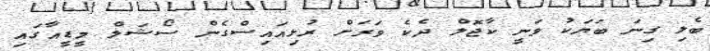
ބެލި ގިނަ ބަޔަކު ވަނީ ކާޖޮލް ދެކެ ވަރަށް ރުޅިއައިސްގެން ސޯޝަލް މީޑީއާގައި